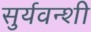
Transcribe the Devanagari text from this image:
सुर्यवन्शी